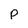
Character: p